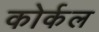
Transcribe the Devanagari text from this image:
कोर्कल